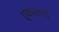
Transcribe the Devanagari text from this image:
एकतानी